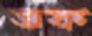
ভক